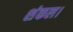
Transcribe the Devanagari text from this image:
शंकल।